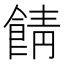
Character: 𩜎